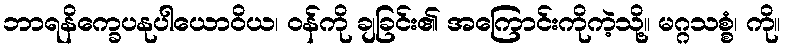
ဘာရနိက္ခေပနုပါယောဝိယ၊ ဝန်ကို ချခြင်း၏ အကြောင်းကိုကဲ့သို့။ မဂ္ဂသစ္စံ၊ ကို။